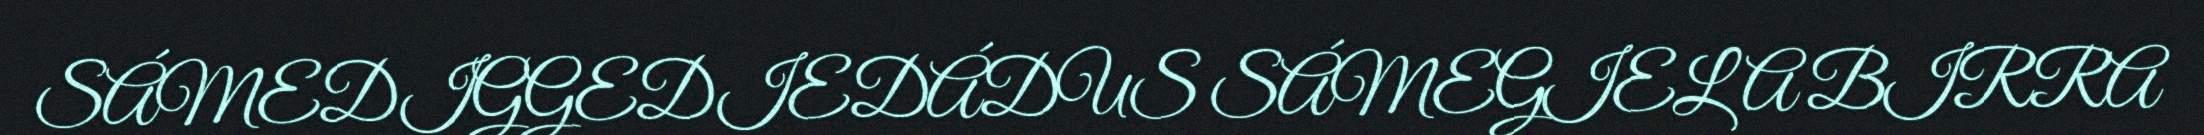
SÁMEDIGGEDIEDÁDUS SÁMEGIELA BIRRA